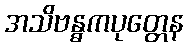
အသိဗန္ဓကပုတ္တေန